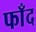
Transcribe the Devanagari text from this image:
फाँद